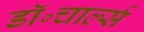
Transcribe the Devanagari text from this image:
डॉ॰चार्ल्स